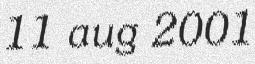
11 aug 2001